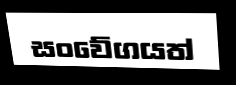
සංවේගයත්